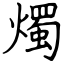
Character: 燭